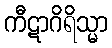
ကီဋာဂိရိသ္မာ